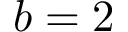
b = 2